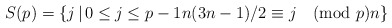
\begin{align*}S(p) = \left\{ j \, \vert\, 0\leq j\leq p-1 n(3n-1)/2 \equiv j \pmod{p} n \right\}\end{align*}